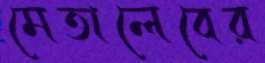
মেতালেবের